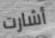
أشارت